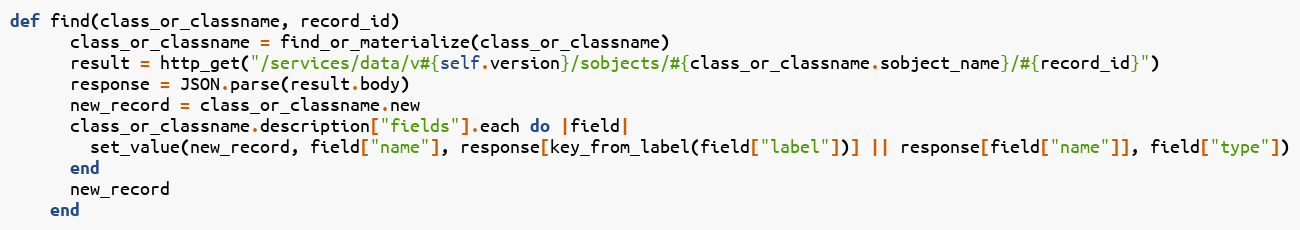
Language: Ruby
def find(class_or_classname, record_id)
      class_or_classname = find_or_materialize(class_or_classname)
      result = http_get("/services/data/v#{self.version}/sobjects/#{class_or_classname.sobject_name}/#{record_id}")
      response = JSON.parse(result.body)
      new_record = class_or_classname.new
      class_or_classname.description["fields"].each do |field|
        set_value(new_record, field["name"], response[key_from_label(field["label"])] || response[field["name"]], field["type"])
      end
      new_record
    end